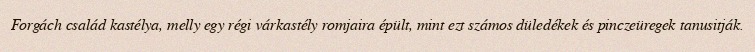
Forgách család kastélya, melly egy régi várkastély romjaira épült, mint ezt számos düledékek és pinczeüregek tanusitják.